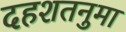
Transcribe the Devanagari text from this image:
दहशतनुमा